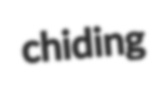
chiding